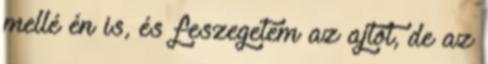
mellé én is, és feszegetem az ajtót, de az